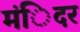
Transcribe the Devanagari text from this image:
मंिदर